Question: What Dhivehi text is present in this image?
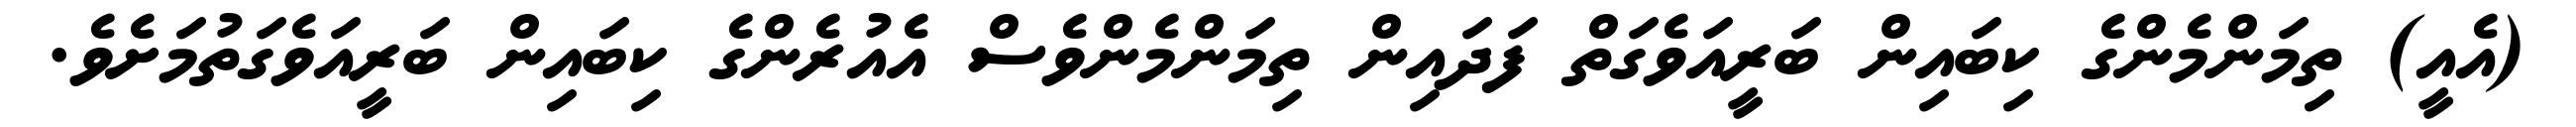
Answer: (އެއީ) ތިމަންމެންގެ ކިބައިން ބަރީއަވެގަތް ފަދައިން ތިމަންމެންވެސް އެއުރެންގެ ކިބައިން ބަރީއަވެގަތުމަށެވެ.